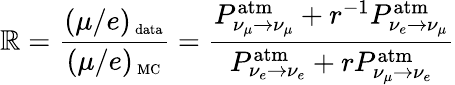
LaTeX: \mathbb{R}=\frac{{(\mu/e)_{\mathrm{{\scriptsize~data}}}}}{{(\mu/e)_{\mathrm{{\scriptsize~MC}}}}}=\frac{{P_{\nu_{\mu}\to\nu_{\mu}}^{\mathrm{{atm}}}+r^{-1}P_{\nu_{e}\to\nu_{\mu}}^{\mathrm{{atm}}}}}{{P_{\nu_{e}\to\nu_{e}}^{\mathrm{{atm}}}+rP_{\nu_{\mu}\to\nu_{e}}^{\mathrm{{atm}}}}}